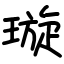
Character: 璇